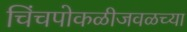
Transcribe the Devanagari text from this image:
चिंचपोकळीजवळच्या